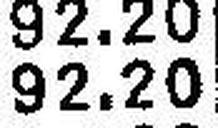
92.20